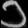
Digit: ၁